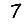
Digit: 7